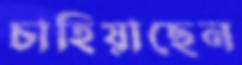
চাহিয়াছেন